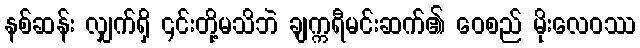
နစ်ဆန်း လျှက်ရှိ ၎င်းတို့မသိဘဲ ချက္ကရီမင်းဆက်၏ ဝေစည် မိုးလေဝဿ